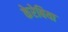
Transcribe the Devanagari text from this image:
केरेबिया